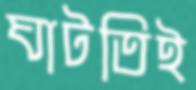
ঘাটতিই